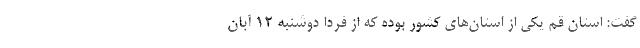
گفت: استان قم یکی از استان‌های کشور بوده که از فردا دوشنبه ۱۲ آبان